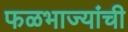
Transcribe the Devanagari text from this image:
फळभाज्यांची